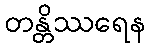
တန္တိဿရေန